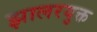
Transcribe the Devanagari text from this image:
झालरयुक्त